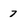
Character: 7